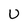
Character: U